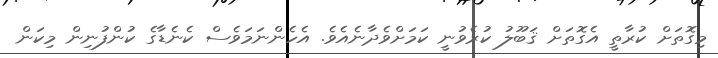
މިގޮތަށް ކުރާތީ އެގޮތަށް ޤަބޫލު ކުރެވުނީ ކަމަށްވެދާނެއެވެ. އެހެންނަމަވެސް ކެނެޑާގެ ކުންފުނިން މިކަން